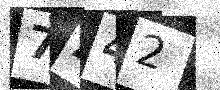
Text: 7A42